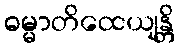
ဓမ္မာတိထေယျန္တိ